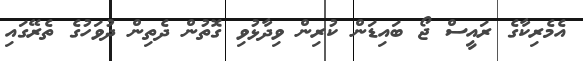
އެމެރިކާގެ ރައީސް ޖޯ ބައިޑަން ކުރިން ވިދާޅުވި ގޮތުން ދެތިން ދުވަހުގެ ތެރޭގައި